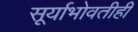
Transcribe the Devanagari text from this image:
सूर्याभोवतीही